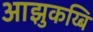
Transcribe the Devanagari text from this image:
आझुकय्बि